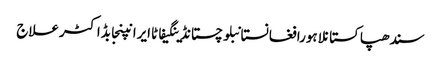
سندھپاکستانلاہورافغانستانبلوچستانڈینگیفاٹاایرانپنجابڈاکٹرعلاج